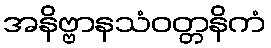
အနိဗ္ဗာနသံဝတ္တနိကံ